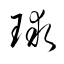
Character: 球